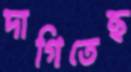
দাগিতেছ